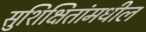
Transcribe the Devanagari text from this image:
सुशिक्षितांमधील